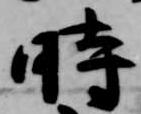
時